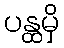
ပန္ထမှိ